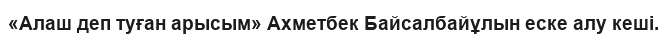
«Алаш деп туған арысым» Ахметбек Байсалбайұлын еске алу кеші.